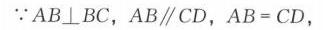
$\because AB\bot BC,\ AB\parallel CD,\ AB = CD,$